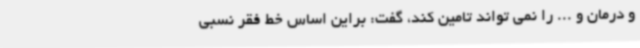
و درمان و ... را نمی تواند تامین کند، گفت: براین اساس خط فقر نسبی